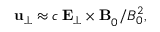
\mathbf { u } _ { \perp } \approx c \, \mathbf { E _ { \perp } \times B } _ { 0 } / B _ { 0 } ^ { 2 } ,